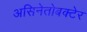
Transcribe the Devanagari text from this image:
असिनेतोबक्टेर